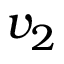
v _ { 2 }